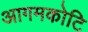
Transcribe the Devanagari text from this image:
आगमकोटि